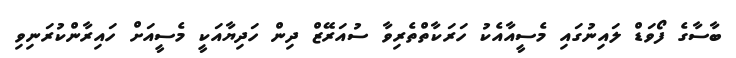
ބާސާގެ ފޯވަޑް ލައިނުގައި މެސީއާއެކު ހަރަކާތްތެރިވާ ސުއަރޭޒް ދިން ހަދިޔާއަކީ މެސީއަށް ހައިރާންކުރަނިވި